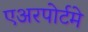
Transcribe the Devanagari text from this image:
एअरपोर्टमे